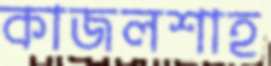
কাজলশাহ